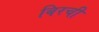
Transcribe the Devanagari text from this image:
बिरची